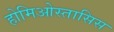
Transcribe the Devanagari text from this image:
होमिओस्तासिस